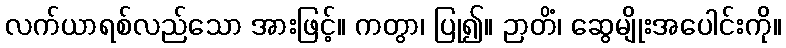
လက်ယာရစ်လည်သော အားဖြင့်။ ကတွာ၊ ပြု၍။ ဉာတိံ၊ ဆွေမျိုးအပေါင်းကို။